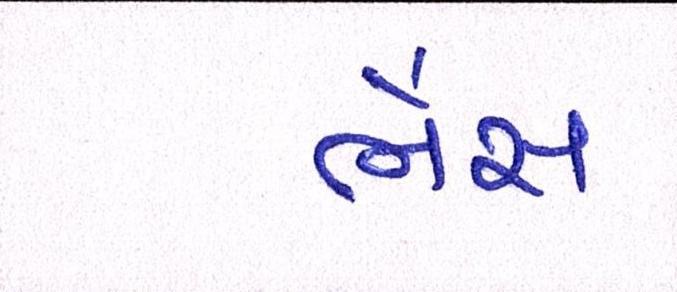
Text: ભેંસ